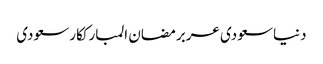
دنیاسعودی عربرمضان المبارککارسعودی